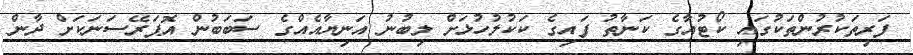
ފަރިތަކުރުންތަކުގައި ކޯޓުއާގެ ކަނާތު ފައިގެ ކަކުލުހުޅަށް ލިބުނު އަނިޔާއެއްގެ ސަބަބުން އޮޕަރޭސަނަކަށް ދާން